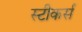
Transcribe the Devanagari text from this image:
स्टीकर्स